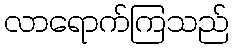
လာရောက်ကြသည်